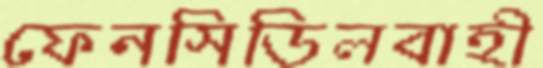
ফেনসিডিলবাহী